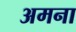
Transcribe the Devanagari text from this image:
अमना